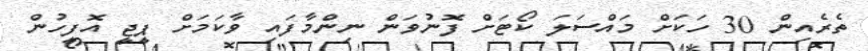
ތެރެއިން 30 ހަކަށް މައްސަލަ ކޯޓަށް ފޮނުވަން ނިންމާފައި ވާކަމަށް ޕީޖީ އޮފީހުން